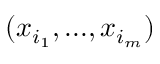
( x _ { i _ { 1 } } , . . . , x _ { i _ { m } } )